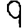
Digit: 9